Problem: 32 - 6 = ?
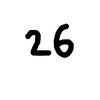
Handwritten answer: 26